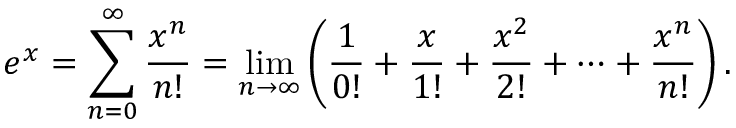
e ^ { x } = \sum _ { n = 0 } ^ { \infty } { \frac { x ^ { n } } { n ! } } = \operatorname* { l i m } _ { n \to \infty } \left( { \frac { 1 } { 0 ! } } + { \frac { x } { 1 ! } } + { \frac { x ^ { 2 } } { 2 ! } } + \cdots + { \frac { x ^ { n } } { n ! } } \right) .